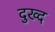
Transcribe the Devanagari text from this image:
दुख्द